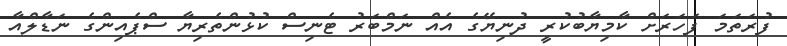
ފުރަތަމަ ފަހަރަށް ކާމިޔާބުކުރީ ދުނިޔޭގެ އެއް ނަމްބަރު ޓެނިސް ކުޅުންތެރިޔާ ސްޕެއިންގެ ނަޑާލްއާ